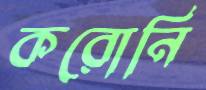
করোনি